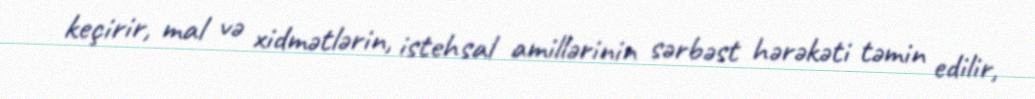
keçirir, mal və xidmətlərin, istehsal amillərinin sərbəst hərəkəti təmin edilir,